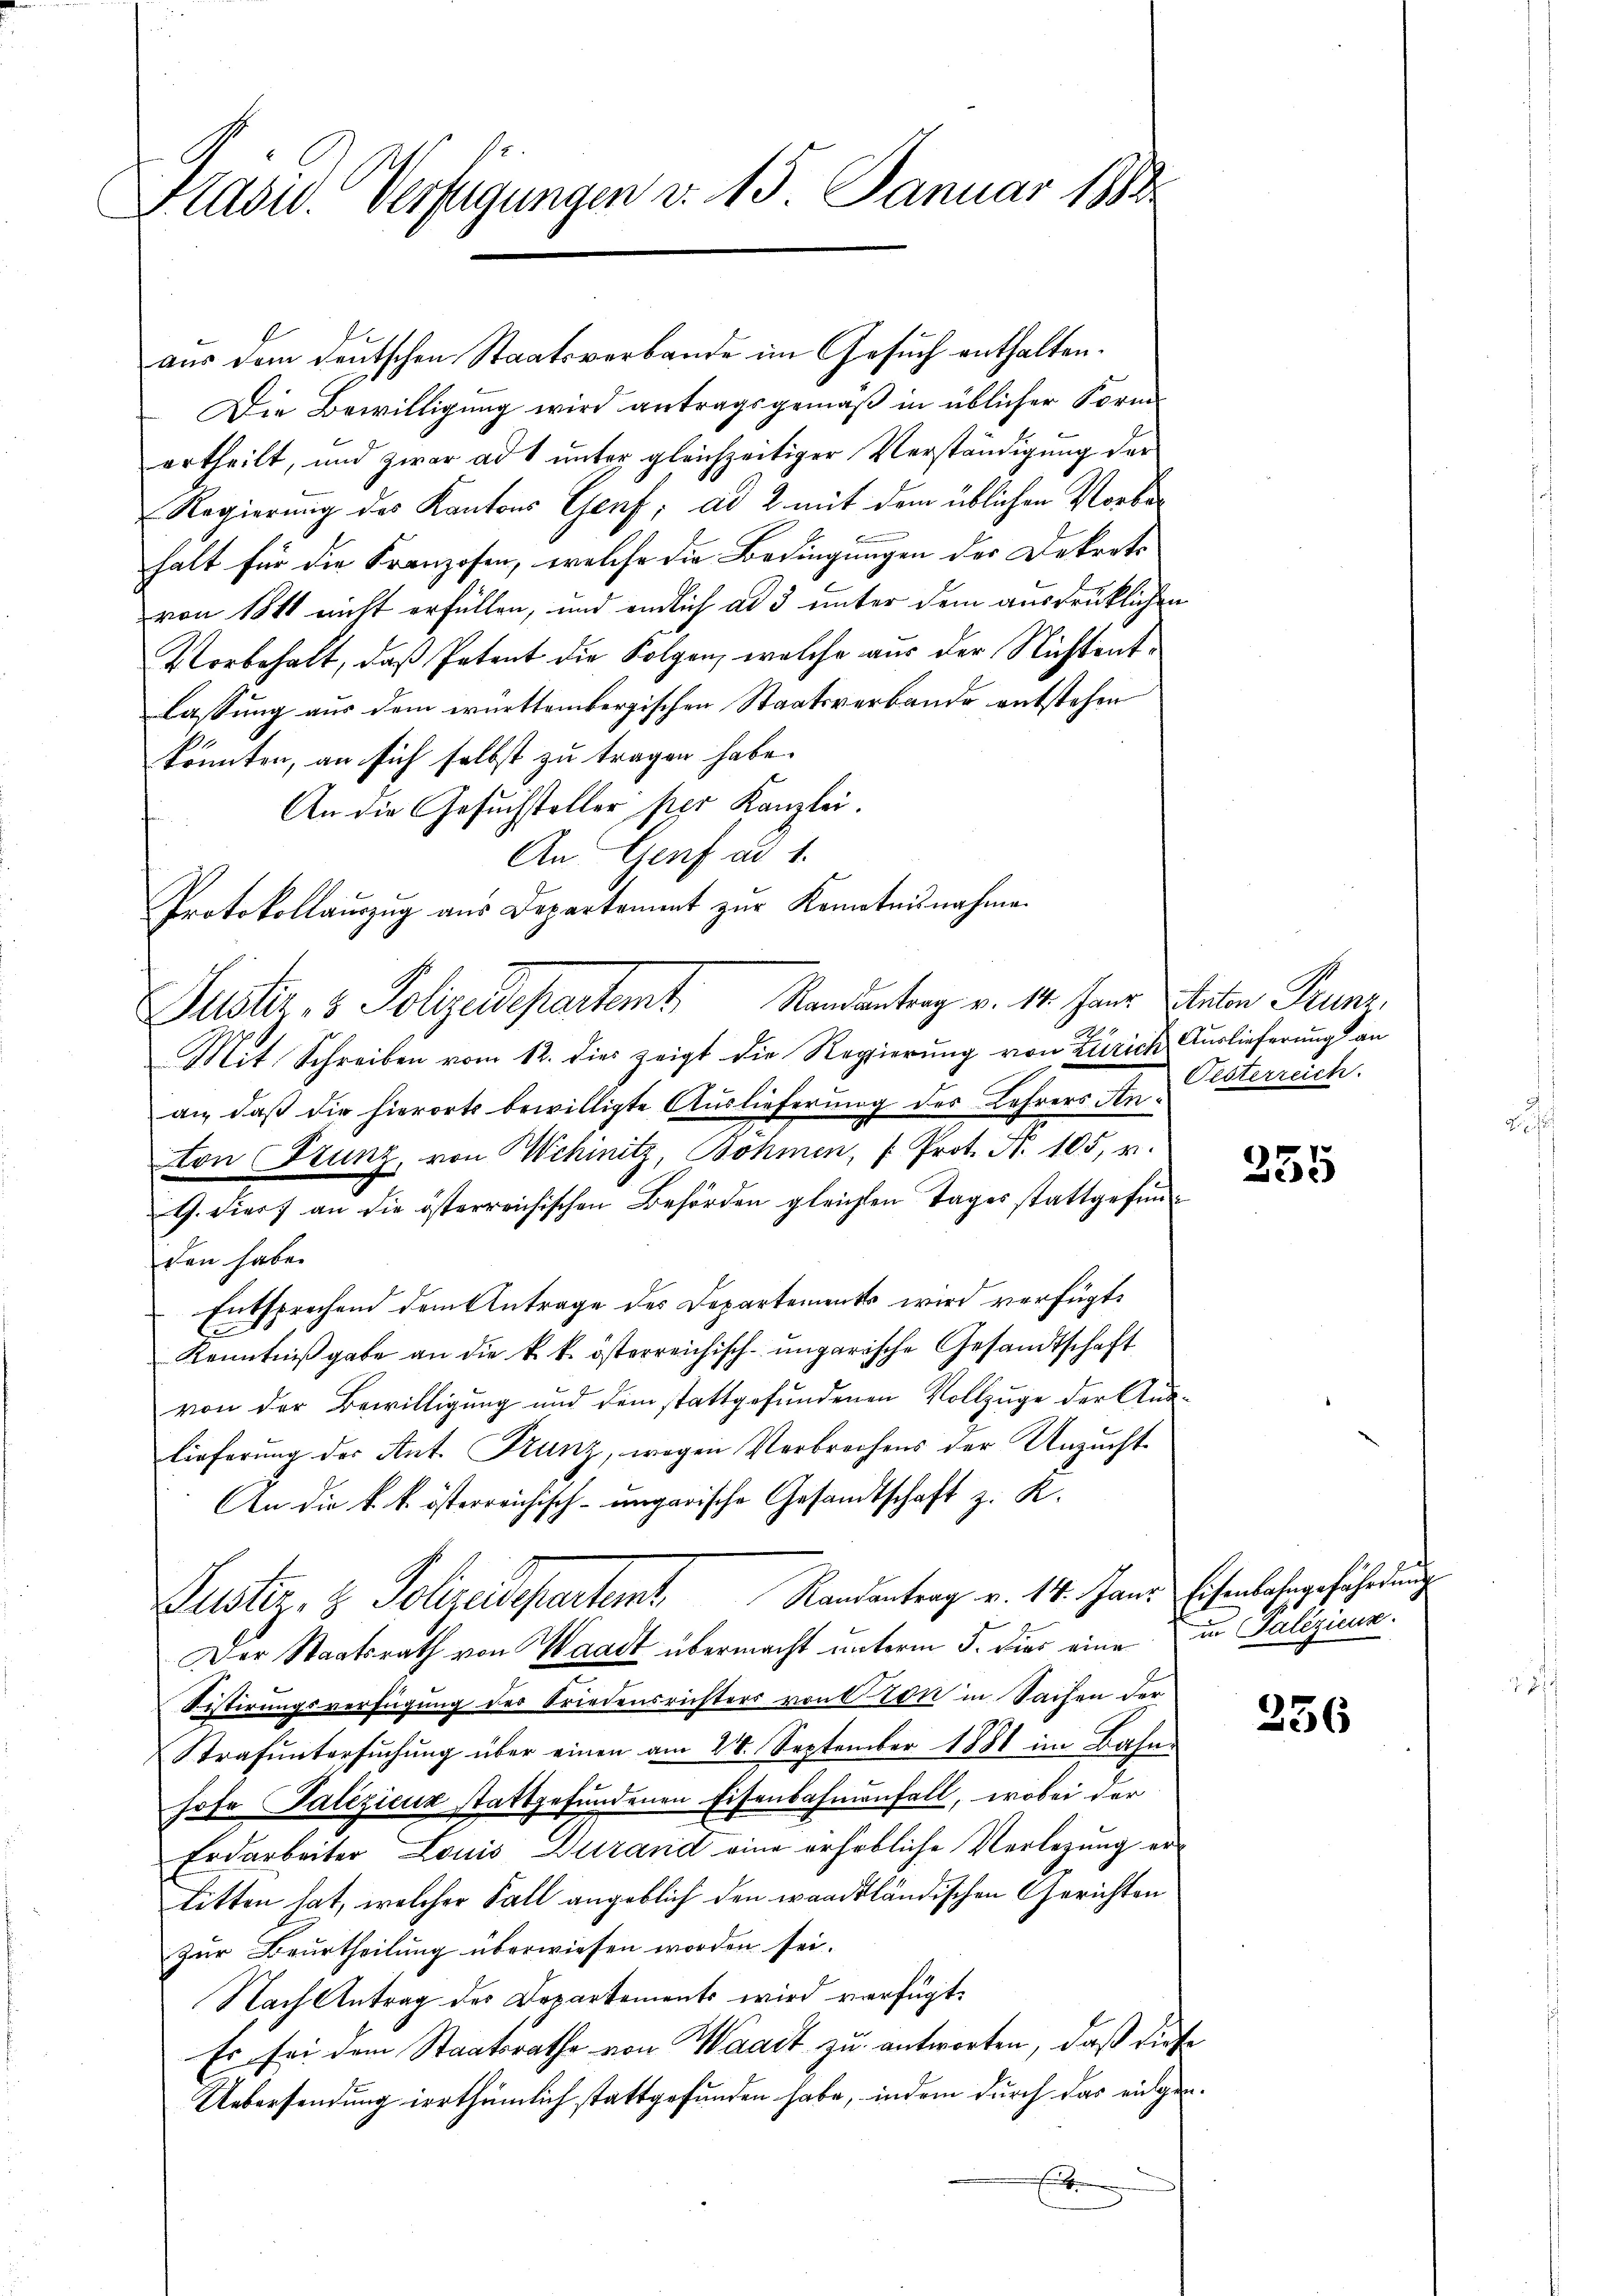
Präsid. Verfügungen v. 15. Januar 1883.

aus dem deutschen Staatsverbande im Gesuch enthalten.
Die Bewilligung wird antragsgemäß in üblicher Form
ertheilt, und zwar ad 1 unter gleichzeitiger Verständigung der
Regierung des Kantons Genf; ad 2 mit dem üblichen Vorbehalt für die Franzosen, welche die Bedingungen der Dekrets
von 1811 nicht erfüllen, und endlich ad 3 unter dem ausdrüklichen
Vorbehalt, daß Petent die Folgen, welche aus der Nichtentlassung aus dem württembergischen Staatsverbande entstehen
könnten, an sich selbst zu tragen habe.
An die Gesuchsteller per Kanzlei.
Mit Schreiben vom 12. dies zeigt die Regierung von Zürich Auslieferung an
an, daß die hierorts bewilligte Auslieferung des Lehrers Anton Frunz, von Schinitz, Böhmen, " Prot. N. 105, u.
G. Viert an die österreichischen Behörden gleichen Tages stattgefunden habe.
Entsprechend dem Antrage des Departements wird verfügte
Kenntniß gabe an die k. k. österreichisch-ungarische Gesandtschaft
von der Bewilligung und dem stattgefundenen Vollzuge der Aus-
lieferung der Ant. Franz, wegen Verbrechens der Unzucht
An die k. k. österreichisch-ungarische Gesandtschaft z. K.
Justiz- & Polizeidepartem Randantrag v. 14. Jans Eisenbahngefährdung
Der Staatsrath von Waadt übermacht unterm 5. dies eine
Sistirungsverfügung der Friedensrichters von von in Sachen der
Strafŭntersŭchŭng über einen am 24. September 1881 im Bahn-
hofe Palezicuz stattgefundenen Eisenbahnenfall, wobei der
Erdarbeiter Louis Durand eine erhebliche Verlegung erbitten hat, welcher Fall angeblich den waadtländischen Gerichten
zur Beurtheilung überwiesen worden sei.
Nach Antrag des Departements wird verfügt:
Es sei dem Staatsrathe von Waadt zu antworten, daß dies
Uebersendung irrthümlich stattgefunden habe, indem durch das eingen
E

An Genf ad 1.
Protokollaŭszŭg ans Departament zŭr Kenntnisnahme.
Justiz- & Polizeidepartem Randantrag v. 14. Haar Titelon Pruns,

Oesterreich.

235

In Puligieun.

s
“

256